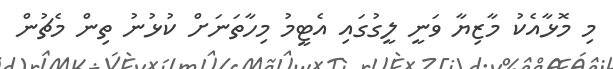
މި މޮޅާއެކު މާޒިޔާ ވަނީ ލީގުގައި އެޓީމު މިހާތަނަށް ކުޅުނު ތިިން މެޗުން